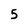
Character: 5